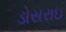
ડોસરાઇ